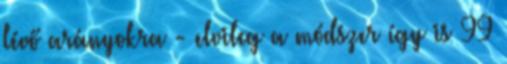
lévő arányokra - elvileg a módszer így is 99